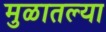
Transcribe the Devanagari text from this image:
मुळातल्या